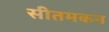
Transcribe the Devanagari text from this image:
सीतमकन